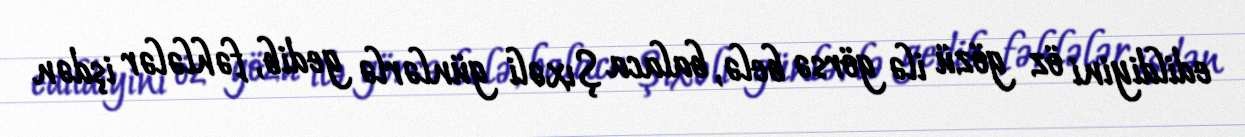
edildiyini öz gözü ilə görsə belə, balaca Şıxəli günlərlə gedib, fəhlələr işdən